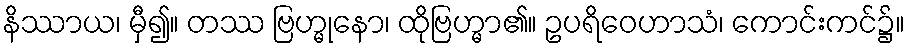
နိဿာယ၊ မှီ၍။ တဿ ဗြဟ္မုနော၊ ထိုဗြဟ္မာ၏။ ဥပရိဝေဟာသံ၊ ကောင်းကင်၌။